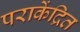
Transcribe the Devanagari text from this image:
पराकेंद्रित